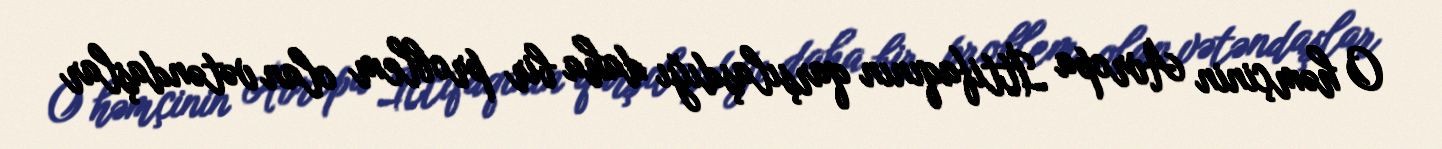
O həmçinin Avropa İttifaqının qarşılaşdığı daha bir problem olan vətəndaşlar